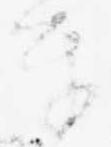
奉